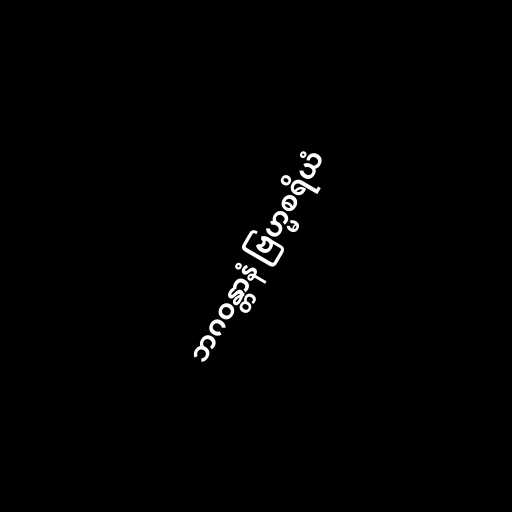
ဘဂဝန္တာနံ ဗြဟ္မစရိယံ